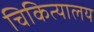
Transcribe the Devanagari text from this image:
चिकित्यालय